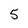
Character: 5